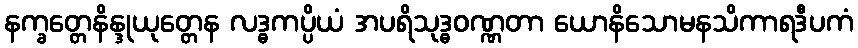
နက္ခတ္တေနိန္ဒုယုတ္တေန လဒ္ဓကပ္ပိယံ အပရိသုဒ္ဓဝဏ္ဏတာ ယောနိသောမနသိကာရဒီပကံ